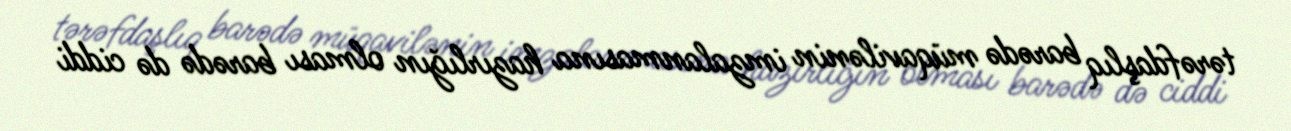
tərəfdaşlıq barədə müqavilənin imzalanmasına hazırlığın olması barədə də ciddi